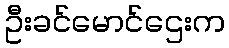
ဦးခင်မောင်ဌေးက